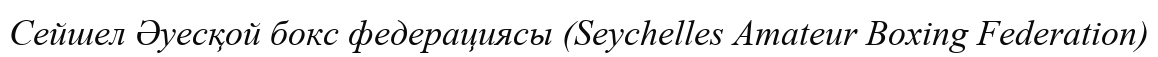
Сейшел Әуесқой бокс федерациясы (Seychelles Amateur Boxing Federation)